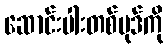
ဆောင်းပါးတစ်ပုဒ်ကို